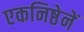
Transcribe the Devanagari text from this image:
एकनिष्ठेनें